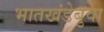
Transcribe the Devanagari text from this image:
भातखंडेबुवा